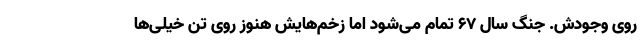
روی وجودش. جنگ سال ۶۷ تمام می‌شود اما زخم‌هایش هنوز روی تن خیلی‌ها